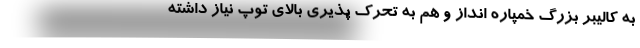
به کالیبر بزرگ خمپاره انداز و هم به تحرک پذیری بالای توپ نیاز داشته